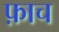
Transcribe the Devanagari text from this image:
फ़ाच